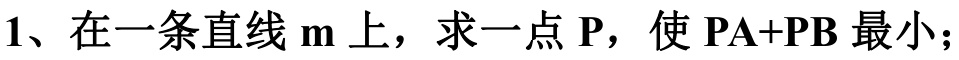
1、在一条直线$\mathbf{m}$上，求一点$\mathbf{P}$，使$\mathbf{PA + PB}$最小；